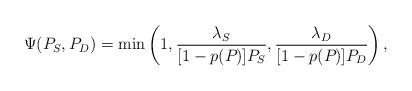
\begin{align*}\Psi(P_{S}, P_{D}) = \min \left( 1, \frac{\lambda_{S}}{[1- p(P_{})]P_{S}}, \frac{\lambda_{D}}{[1- p(P_{})]P_{D}} \right),\end{align*}